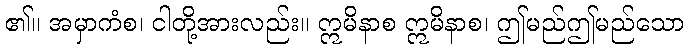
၏။ အမှာကံစ၊ ငါတို့အားလည်း။ ဣမိနာစ ဣမိနာစ၊ ဤမည်ဤမည်သော